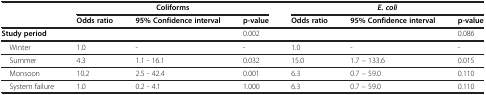
|  | <COLSPAN=3> Coliforms | <COLSPAN=3> E. coli |
 |  | Odds ratio | 95% Confidence interval | p-value | Odds ratio | 95% Confidence interval | p-value |
 | --- | --- | --- | --- | --- | --- | --- |
 | Study period |  |  | 0.002 |  |  | 0.086 |
 | Winter | 1.0 | - | - | 1.0 | - | - |
 | Summer | 4.3 | 1.1 - 16.1 | 0.032 | 15.0 | 1.7 – 133.6 | 0.015 |
 | Monsoon | 10.2 | 2.5 - 42.4 | 0.001 | 6.3 | 0.7 – 59.0 | 0.110 |
 | System failure | 1.0 | 0.2 - 4.1 | 1.000 | 6.3 | 0.7 – 59.0 | 0.110 |